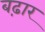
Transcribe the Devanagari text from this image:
बढ़ार